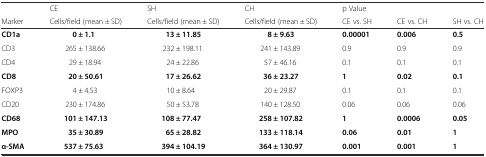
<table><thead><tr><td></td><td><b>CE</b></td><td><b>SH</b></td><td><b>CH</b></td><td><b>p Value</b></td><td></td><td></td></tr><tr><td><b>Marker</b></td><td><b>Cells/field (mean ± SD)</b></td><td><b>Cells/field (mean ± SD)</b></td><td><b>Cells/field (mean ± SD)</b></td><td><b>CE vs. SH</b></td><td><b>CE vs. CH</b></td><td><b>SH vs. CH</b></td></tr></thead><tbody><tr><td><b>CD1a</b></td><td><b>0 ± 1.1</b></td><td><b>13 ± 11.85</b></td><td><b>8 ± 9.63</b></td><td><b>0.00001</b></td><td><b>0.006</b></td><td><b>0.5</b></td></tr><tr><td>CD3</td><td>265 ± 138.66</td><td>232 ± 198.11</td><td>241 ± 143.89</td><td>0.9</td><td>0.9</td><td>0.9</td></tr><tr><td>CD4</td><td>29 ± 18.94</td><td>24 ± 22.86</td><td>57 ± 46.16</td><td>0.1</td><td>0.1</td><td>0.1</td></tr><tr><td><b>CD8</b></td><td><b>20 ± 50.61</b></td><td><b>17 ± 26.62</b></td><td><b>36 ± 23.27</b></td><td><b>1</b></td><td><b>0.02</b></td><td><b>0.1</b></td></tr><tr><td>FOXP3</td><td>4 ± 4.53</td><td>10 ± 8.64</td><td>20 ± 29.87</td><td>0.1</td><td>0.1</td><td>0.1</td></tr><tr><td>CD20</td><td>230 ± 174.86</td><td>50 ± 53.78</td><td>140 ± 128.50</td><td>0.06</td><td>0.06</td><td>0.06</td></tr><tr><td><b>CD68</b></td><td><b>101 ± 147.13</b></td><td><b>108 ± 77.47</b></td><td><b>258 ± 107.82</b></td><td><b>1</b></td><td><b>0.0006</b></td><td><b>0.05</b></td></tr><tr><td><b>MPO</b></td><td><b>35 ± 30.89</b></td><td><b>65 ± 28.82</b></td><td><b>133 ± 118.14</b></td><td><b>0.06</b></td><td><b>0.01</b></td><td><b>1</b></td></tr><tr><td><b>α-SMA</b></td><td><b>537 ± 75.63</b></td><td><b>394 ± 104.19</b></td><td><b>364 ± 130.97</b></td><td><b>0.001</b></td><td><b>0.001</b></td><td><b>1</b></td></tr></tbody></table>